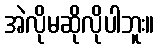
အဲလိုမဆိုလိုပါဘူး။